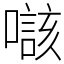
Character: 𡀲